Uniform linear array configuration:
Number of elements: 4
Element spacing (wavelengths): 0.5
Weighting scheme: uniform
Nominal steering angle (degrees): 15
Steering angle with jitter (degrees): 14.837
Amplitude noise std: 0.05
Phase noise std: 0.05

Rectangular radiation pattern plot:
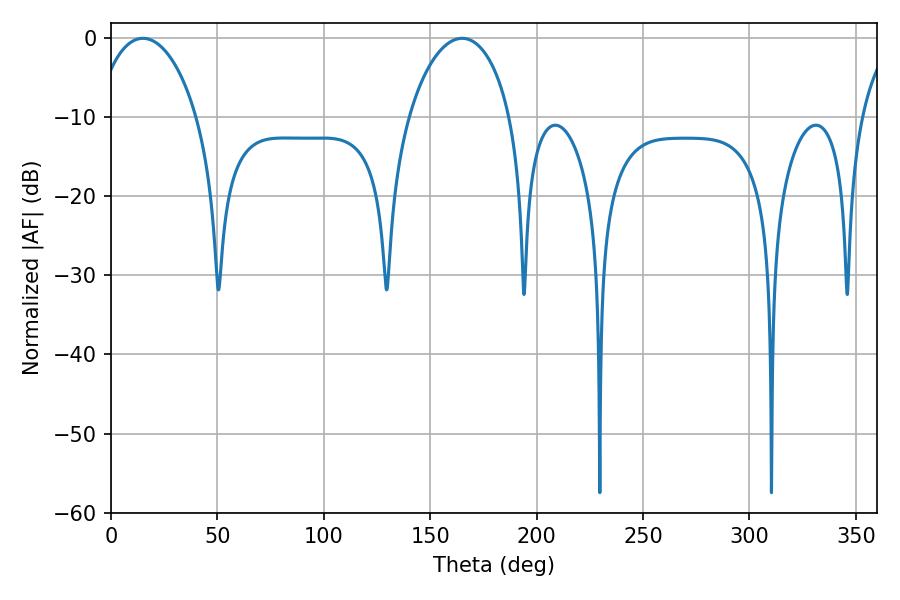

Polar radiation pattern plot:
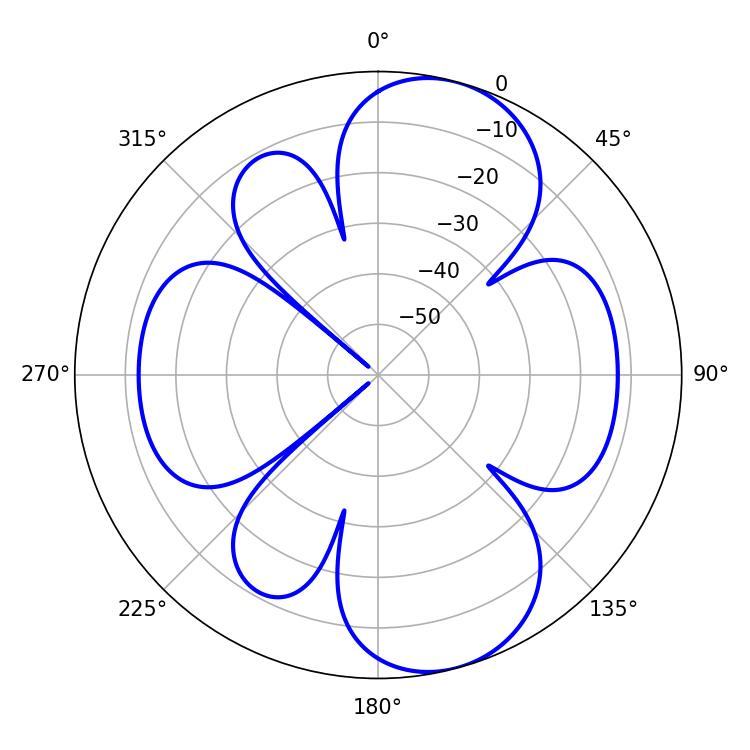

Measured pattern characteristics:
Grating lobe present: FALSE
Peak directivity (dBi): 9.098
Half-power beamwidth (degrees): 27.36
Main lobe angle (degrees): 14.94